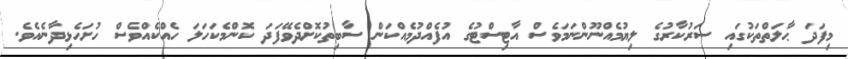
މިފަދަ ޙާލަތްތަކުގައި ސަރުކާރުގެ ލިޔުމެއްނޫންނަމަވެސް އާޓިސްޓުގެ އުފެއްދުމެއްކަން ސާބިތުކޮށްދެވޭފަދަ ކޮންމެކަހަލަ ހެއްކެއްވެސް ހުށަހެޅިދާނެއެވެ.